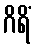
ဂိရိံ